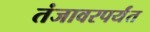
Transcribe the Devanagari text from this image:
तंजावरपर्यंत